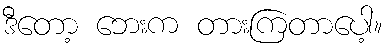
ဒီတော့ ဘေးက တားကြတာပေါ့။